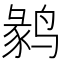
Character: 𱊘